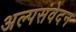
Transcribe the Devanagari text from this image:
अल्पसंवेदन